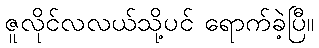
ဇူလိုင်လလယ်သို့ပင် ရောက်ခဲ့ပြီ။